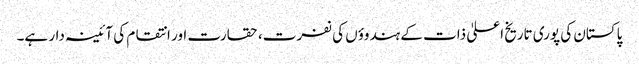
پاکستان کی پوری تاریخ اعلیٰ ذات کے ہندوؤں کی نفرت، حقارت اور انتقام کی آئینہ دار ہے۔